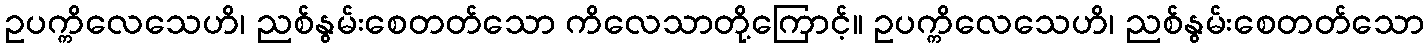
ဥပက္ကိလေသေဟိ၊ ညစ်နွမ်းစေတတ်သော ကိလေသာတို့ကြောင့်။ ဥပက္ကိလေသေဟိ၊ ညစ်နွမ်းစေတတ်သော